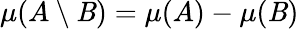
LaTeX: \mu(A\setminus\mathit{B})=\mu(A)-\mu(\mathit{B})